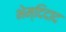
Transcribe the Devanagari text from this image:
भेम्दिदाद